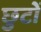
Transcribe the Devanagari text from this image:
छुटों